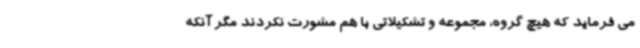
می فرماید که هیچ گروه، مجموعه و تشکیلاتی با هم مشورت نکردند مگر آنکه